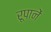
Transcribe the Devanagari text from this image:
रूपानें